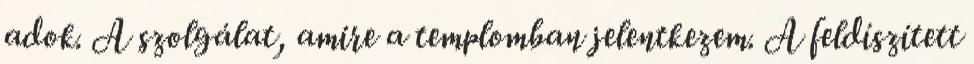
adok. A szolgálat, amire a templomban jelentkezem. A feldíszített